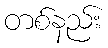
တစ်နည်း